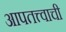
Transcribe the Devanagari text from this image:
आपतत्त्वाची